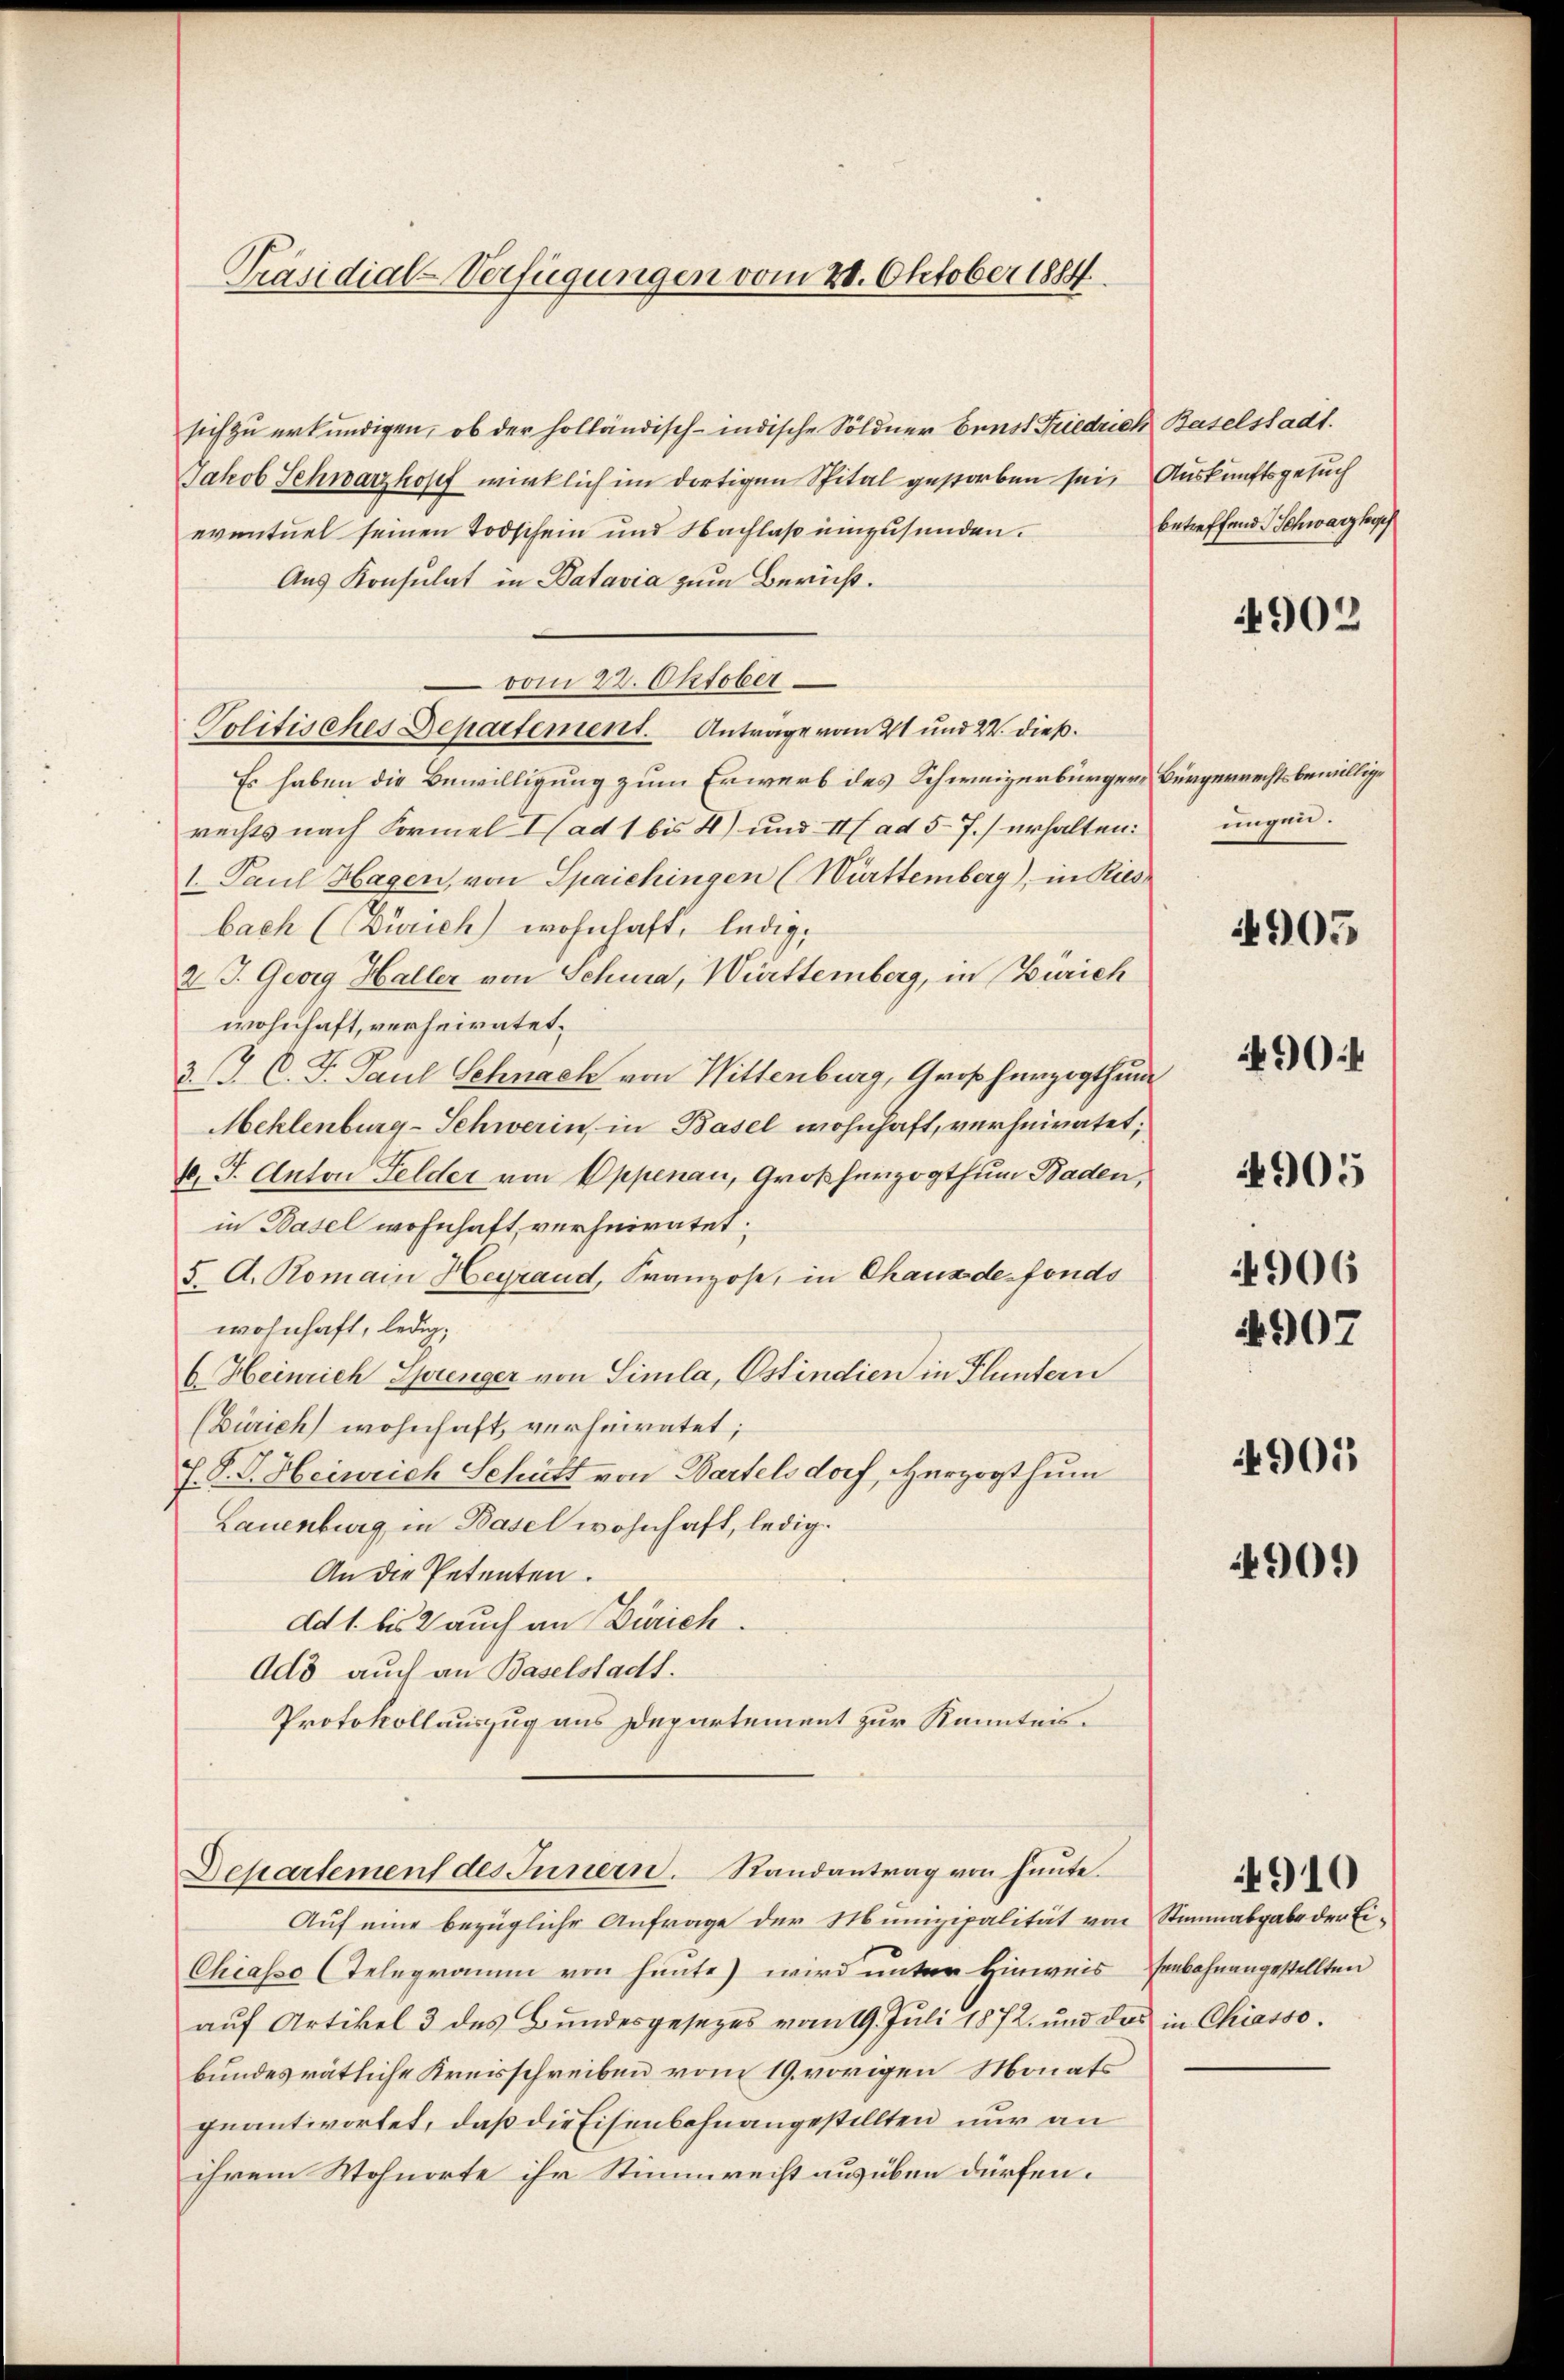
Präsidial-Verfügungen vom 20. Oktober 1884

sich zu erkundigen, ob der holländisch-indische Söldner Bunst Friedrich Baselstadt.
Jakob Schwarzhopf wirklich im dortigen Spital gestorben sei. Auskunftsgesuch
eventuel seinen Todschein und Nachlaß einzusenden.
Aus Konsulat in Batavia zum Bericht.
vom 22. Oktober
Politisches Departement. Antrage vom 21 und 24. dieß.
Es haben die Bewilligung zum Erwerb des Schweizerbürger Bürgerrechtsbewillige
rechts nach Formel ad 1 bis 4) und II ad 5-7.) erhalten:
1. Paul Hagen, von Spaichingen (Württemberg), in Riesbach (Zürich) wohnhaft, ledig,
2 J. Georg Haller von Schura, Württemberg, in Zürich
wohnhaft, verheiratet.
3. J. C. F. Paul Schnach von Wittenburg, Großherzogthum
Mehlenburg-Schwerin, in Basel wohnhaft, verheiratet,
4 J. Anton Felder von Appenau, Großherzogthum Baden,
in Basel wohnhaft, verheiratet:
5. A. Romain Heyrand, Franzose, in Chaus de fondo
wohnhaft, ledig,
6. Heinrich Sprenger von Simila, Ostindien in Fluntern
(Zürich wohnhaft, verheiratet;
F. P. V. Heinrich Schütt von Bartelsdorf, Herzogthum
Lauenburg in Basel wohnhaft, ledig.
An die Petenten.
dd 1. bis 2 auch an Zürich.
Ado auch an Baselstadt.
Protokollauszug aus Departement zur Kenntnis.
Departement des Innern. Randantrag von heute.
Auf eine bezügliche Anfrage der Munizipalität von Stimmabgabe der Ei¬
Chiasso (Telegramm von hinte) wird unter Hinweis senkohnangestellten
auf Artikel 3 des Bundesgesezes vom 19. Juli 1872, und das in Chiasso.
bundesrätliche Kreisschreiben vom 19. vorigen Monats
geantwortet, daß die Eisenbahnangestellten nur an
ihrem Wohnorte ihr Stimmreist ausüben dürfen.

betreffend Schwarzhoch

ungen.

4902

4905

4906
4907

904

4905

901

4909)

910